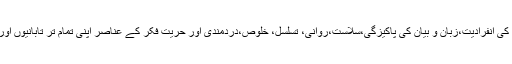
ان کے افسانوں میں موضوعات کا تنوع،انداز فکر کی ندرت، اسلوب کی انفرادیت،زبان و بیان کی پاکیزگی،سلاست،روانی، تسلسل، خلوص،دردمندی اور حریت فکر کے عناصر اپنی تمام تر تابانیوں اور جلوہ سامانیوں کے ساتھ سامنے آ کر جہان تازہ کی نوید سناتے ہیں۔